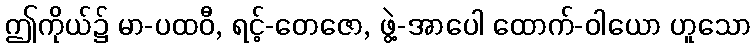
ဤကိုယ်၌ မာ-ပထဝီ, ရင့်-တေဇော, ဖွဲ့-အာပေါ ထောက်-ဝါယော ဟူသော